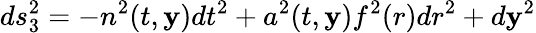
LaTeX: ds_{3}^{2}=-n^{2}(t,\mathbf{y})dt^{2}+a^{2}(t,\mathbf{y})f^{2}(r)dr^{2}+d\mathbf{y}^{2}